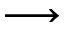
\longrightarrow